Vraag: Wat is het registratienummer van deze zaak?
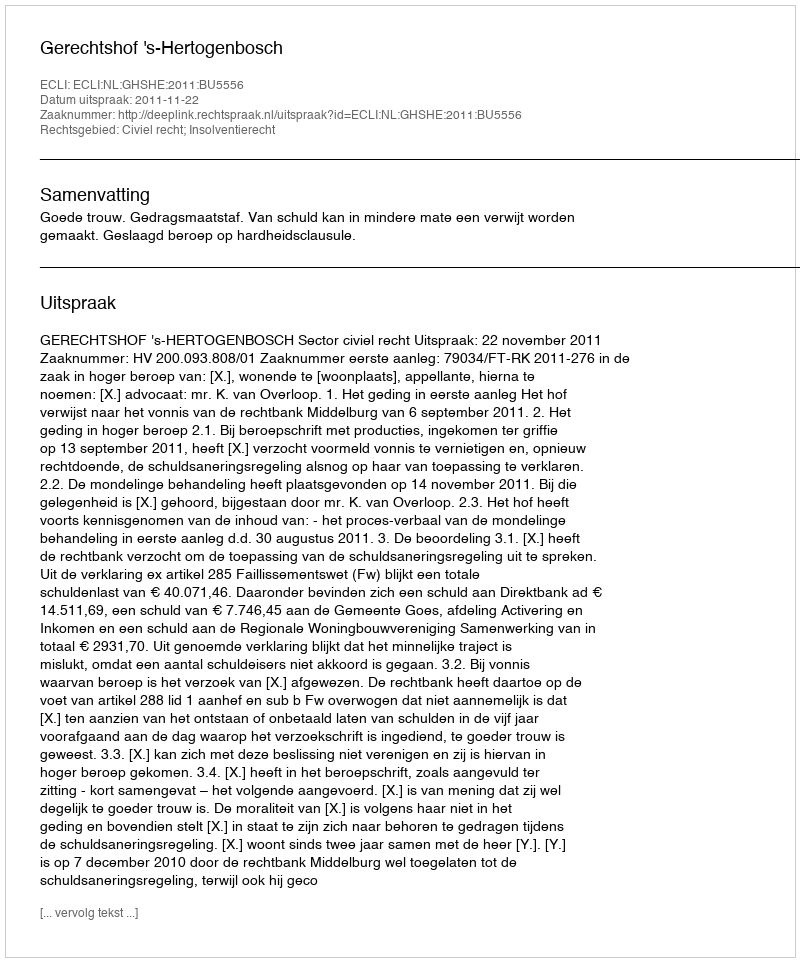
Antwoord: http://deeplink.rechtspraak.nl/uitspraak?id=ECLI:NL:GHSHE:2011:BU5556